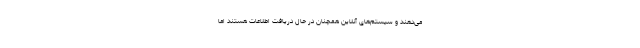
می‌دهند و سیستم‌های آنلاین همچنان در حال دریافت اطلاعات هستند اما